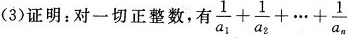
(3)证明；对一切正整数。有 $$\frac{1}{a_{1}}+ \frac{1}{a_{2}}+ \cdots + \frac{1}{a_{n}}$$